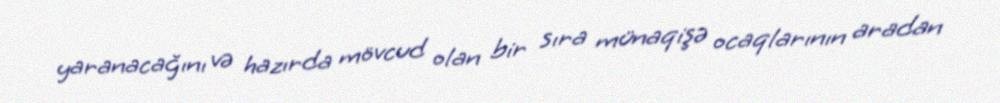
yaranacağını və hazırda mövcud olan bir sıra münaqişə ocaqlarının aradan